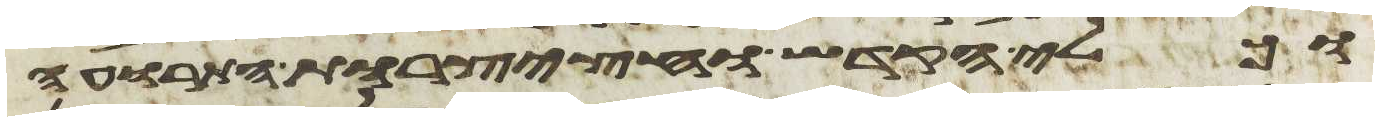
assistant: וכלי הקדש וחצצרות התרועה